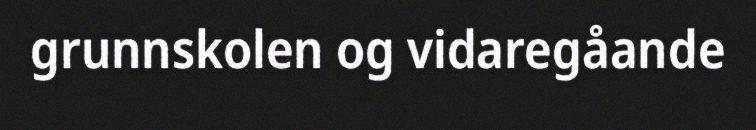
grunnskolen og vidaregåande